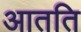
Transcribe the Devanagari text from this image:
आतति